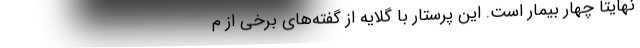
نهایتاً چهار بیمار است. این پرستار با گلایه از گفته‌های برخی از م